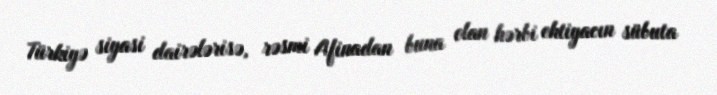
Türkiyə siyasi dairələrisə, rəsmi Afinadan buna olan hərbi ehtiyacın sübuta